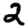
Digit: 2